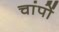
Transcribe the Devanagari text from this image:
चांपों